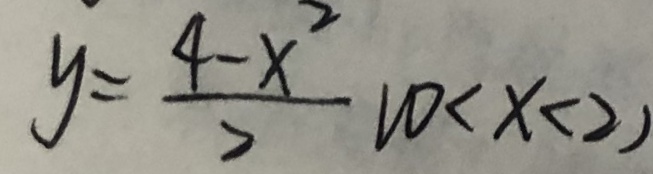
y = \frac { 4 - x ^ { 2 } } { 2 } ( 0 < x < 2 )